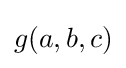
g(a,b,c)